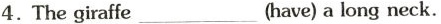
4.The giraffe ___ (have) a long neck.